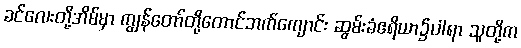
ခင်လေးတို့အိမ်မှာ ကျွန်တော်တို့တောင်ဘက်ကျောင်း ဆွမ်းခံဧရိယာ၌ပါရာ သူတို့က